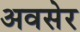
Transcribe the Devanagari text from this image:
अवसेर